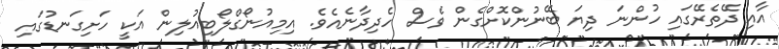
އާއި ދޭތެރޭގައި ހުންނަ ދިޔަ ބޭނުންކޮށްގެން ވެސް ހެދިދާނެއެވެ. އިމިއުނޯގްލޯބިއުލިން އަކީ ހަށިގަނޑުގައި